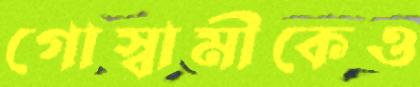
গোস্বামীকেও